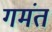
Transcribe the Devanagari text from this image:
गमंत